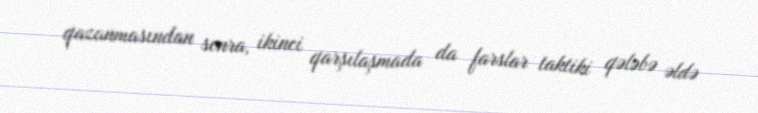
qazanmasından sonra, ikinci qarşılaşmada da farslar taktiki qələbə əldə